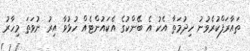
ތައާރަފްކުރެވުނު ހިދުމަތާ އެކު އެ ބޭންކުގެ އެކައުންޓެއް ހުޅުވާ އިރު ނުވަތަ މިހާރު